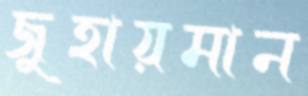
জুহায়মান